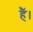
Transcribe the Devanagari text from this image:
हैं।